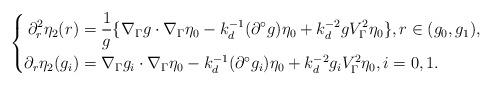
LaTeX: \begin{align*} \left\{ \begin{aligned} \partial_r^2\eta_2(r) &= \frac{1}{g}\{\nabla_\Gamma g\cdot\nabla_\Gamma\eta_0-k_d^{-1}(\partial^\circ g)\eta_0+k_d^{-2}gV_\Gamma^2\eta_0\}, r\in(g_0,g_1), \\ \partial_r\eta_2(g_i) &= \nabla_\Gamma g_i\cdot\nabla_\Gamma\eta_0-k_d^{-1}(\partial^\circ g_i)\eta_0+k_d^{-2}g_iV_\Gamma^2\eta_0, i=0,1. \end{aligned} \right.\end{align*}